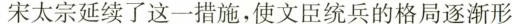
宋太宗延续了这一措施，使文臣统兵的格局逐渐形